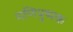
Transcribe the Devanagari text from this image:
मणिपुष्पक